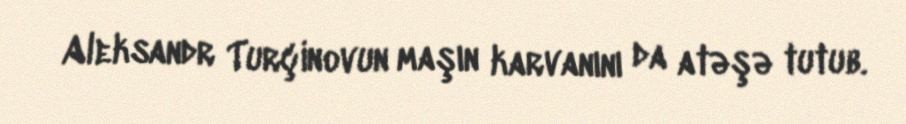
Aleksandr Turçinovun maşın karvanını da atəşə tutub.